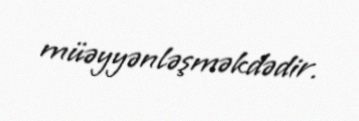
müəyyənləşməkdədir.